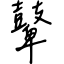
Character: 鼙